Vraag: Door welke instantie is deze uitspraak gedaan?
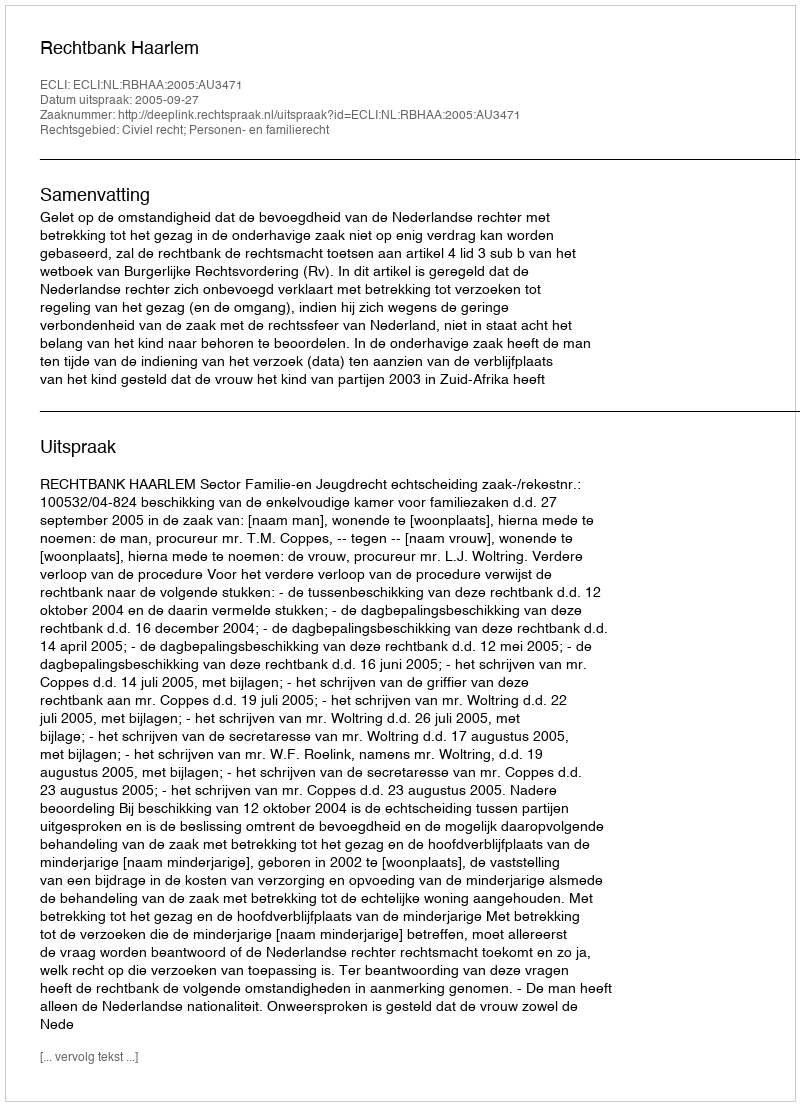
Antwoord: Rechtbank Haarlem